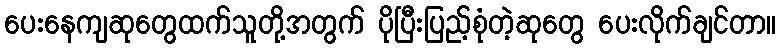
ပေးနေကျဆုတွေထက်သူတို့အတွက် ပိုပြီးပြည့်စုံတဲ့ဆုတွေ ပေးလိုက်ချင်တာ။